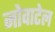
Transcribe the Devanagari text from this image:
नोवाटेल